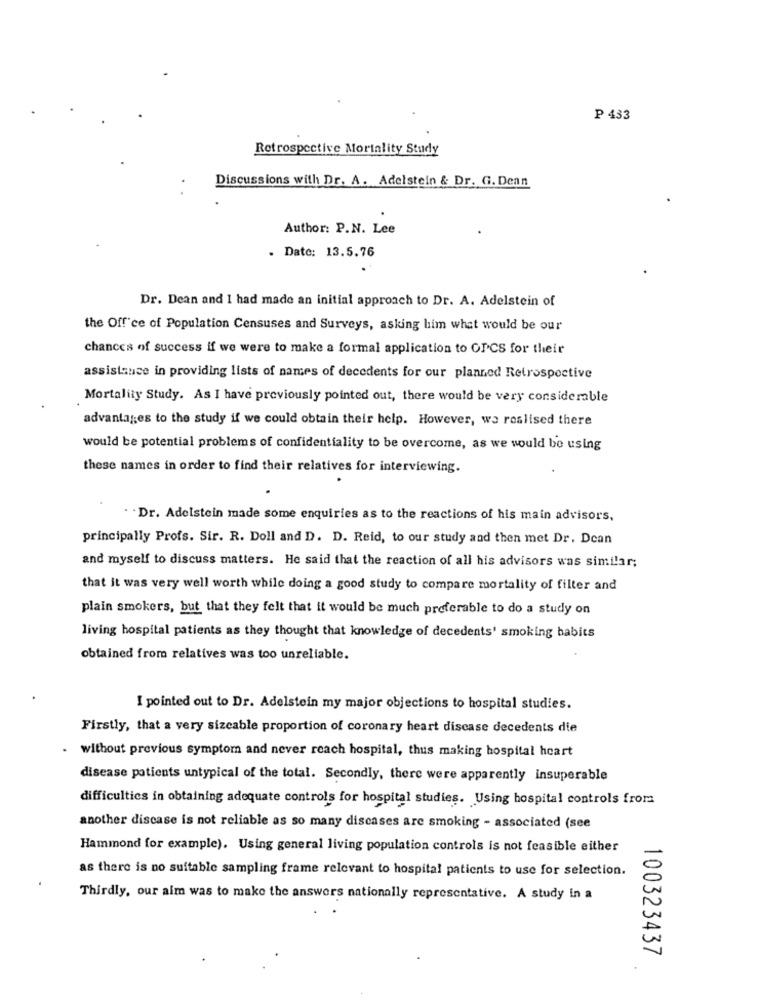
P 433
Retrospective Mortality Study
Discussions with Dr. A. Adelstein & Dr. G. Dean
Author: P.N. Lee
. Date: 13.5.76
Dr. Dean and I had made an initial approach to Dr. A. Adelstein of
the Office of Population Censuses and Surveys, asking him what would be our
chances of success if we were to make a formal application to OPCS for their
assistance in providing lists of names of decedents for our planned Retrospective
Mortality Study. As I have previously pointed out, there would be very considerable
advantages to the study if we could obtain their help. However, we roslised there
would be potential problems of confidentiality to be overcome, as we would be using
these names in order to find their relatives for interviewing.
. . Dr. Adelstein made some enquiries as to the reactions of his main advisors,
principally Profs. Sir. R. Doll and D. D. Reid, to our study and then met Dr. Dean
and myself to discuss matters. He said that the reaction of all his advisors was similar;
that it was very well worth while doing a good study to compare mortality of filter and
plain smokers, but that they felt that it would be much preferable to do a study on
living hospital patients as they thought that knowledge of decedents' smoking habits
obtained from relatives was too unreliable.
I pointed out to Dr. Adelstein my major objections to hospital studies.
Firstly, that a very sizcable proportion of coronary heart disease decedents die
. without previous symptom and never reach hospital, thus making hospital heart
disease patients untypical of the total. Secondly, there were apparently insuperable
difficulties in obtaining adequate controls for hospital studies. Using hospital controls from
another discase is not reliable as so many discases are smoking - associated (see
Hammond for example). Using general living population controls is not feasible either
as there is no suitable sampling frame relevant to hospital patients to use for selection.
Thirdly, our aim was to make the answers nationally representative. A study in a
100323437